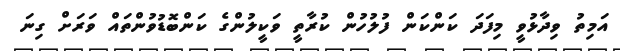
އަމިތު ވިދާޅުވީ މިފަދަ ކަންކަން ފުލުހުން ކުރާތީ ވަކީލުންގެ ކަންބޮޑުވުންތައް ވަރަށް ގިނަ